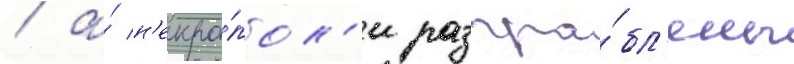
/ а́ н'екро́пол'и разгра́бл'ены